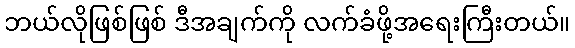
ဘယ်လိုဖြစ်ဖြစ် ဒီအချက်ကို လက်ခံဖို့အရေးကြီးတယ်။